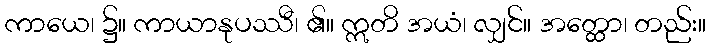
ကာယေ၊ ၌။ ကာယာနုပဿီ၊ ၏။ ဣတိ အယံ၊ လျှင်။ အတ္ထော၊ တည်း။